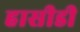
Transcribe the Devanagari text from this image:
हासीडी